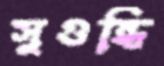
সুগুন্ধি